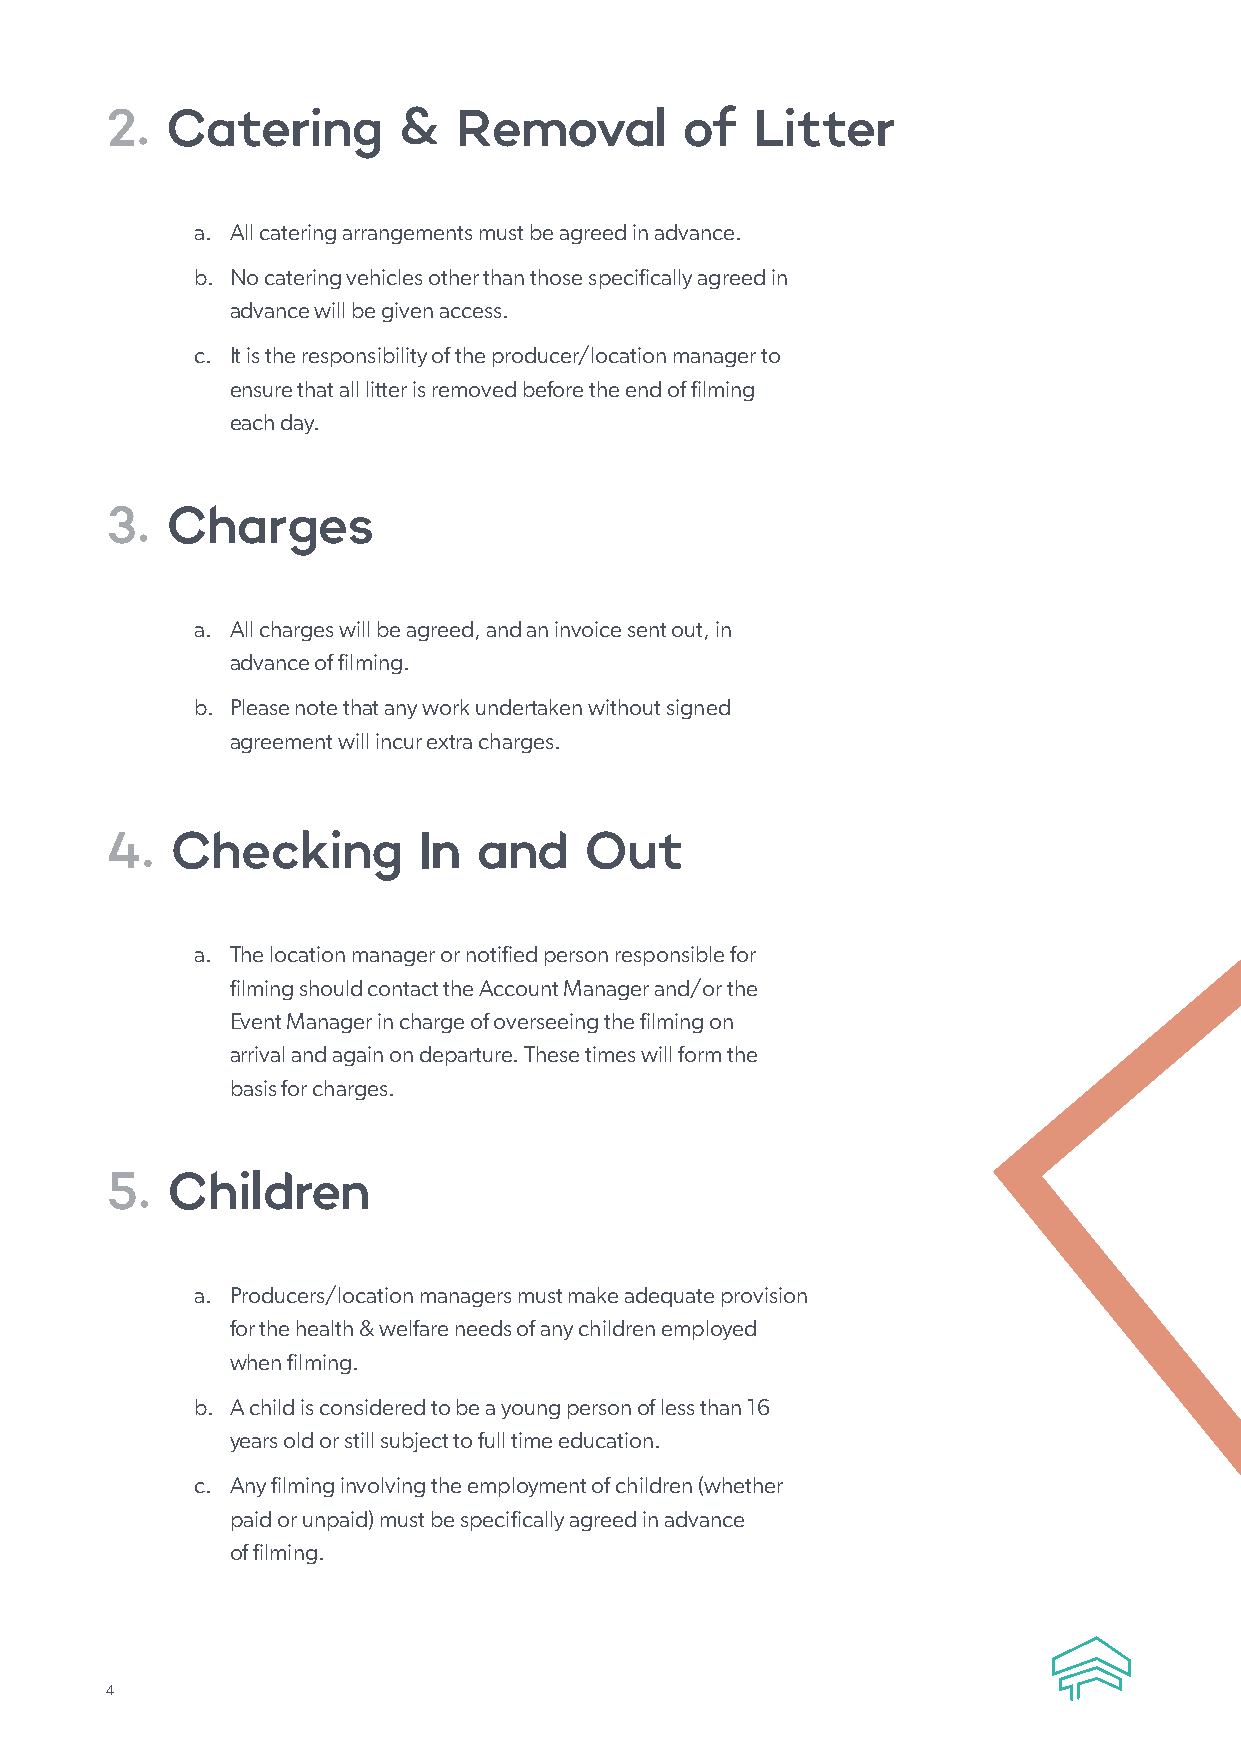
2.  Catering       &   Removal        of   Litter
 a. All catering arrangements must be agreed in advance.
 b. No catering vehicles other than those specifically agreed in
 advance will be given access.
 c. It is the responsibility of the producer/location manager to
 ensure that all litter is removed before the end of filming
 each day.
 3.  Charges
 a. A ll charges will be agreed, and an invoice sent out, in
 advance of filming.
 b. Please note that any work undertaken without signed
 agreement will incur extra charges.
 4.  Checking         In  and    Out
 a. T he location manager or notified person responsible for
 filming should contact the Account Manager and/or the
 Event Manager in charge of overseeing the filming on
 arrival and again on departure. These times will form the
 basis for charges.
 5.  Children
 a. Producers/location managers must make adequate provision
 for the health & welfare needs of any children employed
 when filming.
 b. A child is considered to be a young person of less than 16
 years old or still subject to full time education.
 c. Any filming involving the employment of children (whether
 paid or unpaid) must be specifically agreed in advance
 of filming.
 4